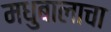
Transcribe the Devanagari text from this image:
मधुबालाचा